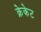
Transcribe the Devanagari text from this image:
क्रेकेट